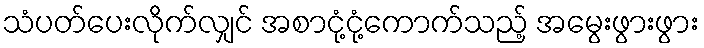
သံပတ်ပေးလိုက်လျှင် အစာငုံ့ငုံ့ကောက်သည့် အမွေးဖွားဖွား